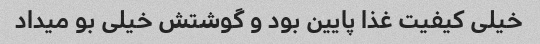
خیلی کیفیت غذا پایین بود و گوشتش خیلی بو میداد